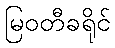
မြဝတီခရိုင်